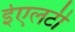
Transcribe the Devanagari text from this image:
ईएलटी